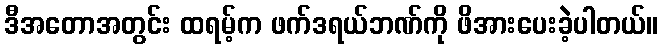
ဒီအတောအတွင်း ထရမ့်က ဖက်ဒရယ်ဘဏ်ကို ဖိအားပေးခဲ့ပါတယ်။